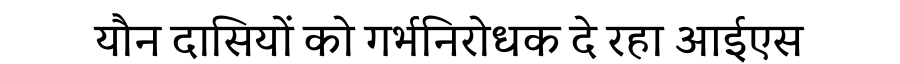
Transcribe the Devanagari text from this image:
यौन दासियों को गर्भनिरोधक दे रहा आईएस